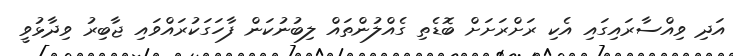
އަދި ވިއްސާރައިގައި އެކި ރަށްރަށަށް ބޮޑެތި ގެއްލުންތައް ލިބުނުކަން ފާހަގަކުރައްވައި ޖާބިރު ވިދާޅުވީ